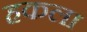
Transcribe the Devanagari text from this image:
हकला